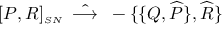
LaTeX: [ P , R ] _ { \scriptscriptstyle S N } \; \; \hat { \longrightarrow } \; \; - \{ \{ Q , \widehat { P } \} , \widehat { R } \}